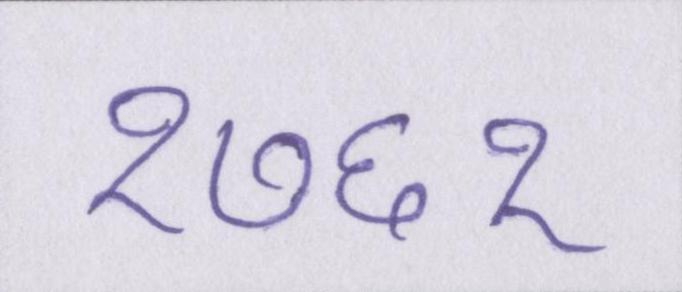
१७६१